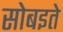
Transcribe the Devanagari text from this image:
सोबइते